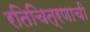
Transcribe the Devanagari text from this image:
रतिचित्रणाची